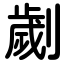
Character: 劌